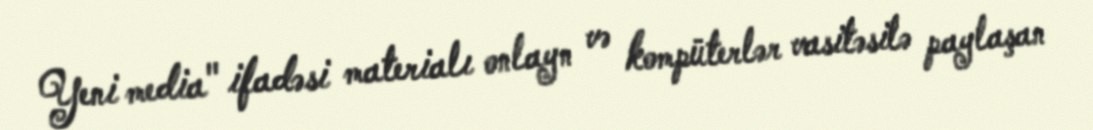
Yeni media" ifadəsi materialı onlayn və kompüterlər vasitəsilə paylaşan